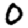
Digit: 0